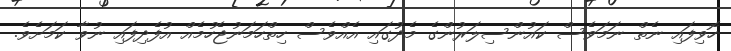
ހޮވިފައި ނެތް ނަމަވެސް ކައުންސިލަރުންގެ މެދުގައި އެއްވެސް ހިތްހަމަނުޖެހުމެއް އުފެދިފައި ނުވާ ކަމަށެވެ.